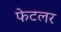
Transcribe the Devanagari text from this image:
फेटलर